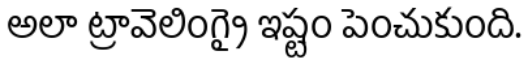
అలా ట్రావెలింగ్పై ఇష్టం పెంచుకుంది.